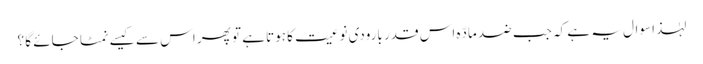
لہٰذا سوال یہ ہے کہ جب ضد مادّہ اس قدر بارودی نوعیت کا ہوتا ہے تو پھر اس سے کیسے نمٹا جائے گا ؟